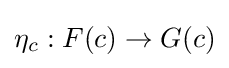
\eta _{c}:F(c)\to G(c)